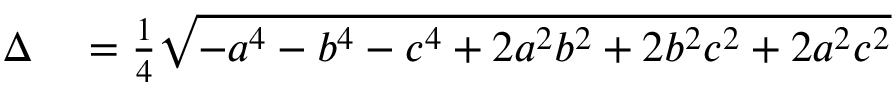
\begin{array} { r l } { \Delta } & { { } = { \frac { 1 } { 4 } } { \sqrt { - a ^ { 4 } - b ^ { 4 } - c ^ { 4 } + 2 a ^ { 2 } b ^ { 2 } + 2 b ^ { 2 } c ^ { 2 } + 2 a ^ { 2 } c ^ { 2 } } } } \end{array}